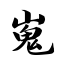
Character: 嵬